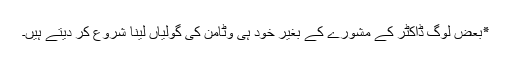
٭بعض لوگ ڈاکٹر کے مشورے کے بغیر خود ہی وٹامن کی گولیاں لینا شروع کر دیتے ہیں۔